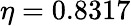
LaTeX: \eta=0.8317